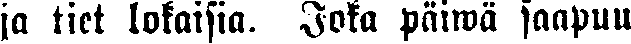
ja tiet lokaisin. Joka päiwä saapuu